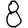
Digit: 8